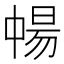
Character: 𬻸